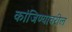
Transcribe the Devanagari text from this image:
कांजिण्यावरील